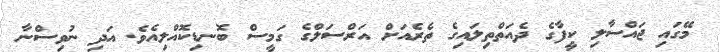
މޭގައި ޖައްސާލި ކީފާގެ ދެއަތްތިލައިގެ ތެރެއަށް އަރްސަލްގެ ގަމީސް ބޮނޑިކޮއްލިއެވެ. އަދި ނުވިސްނާ